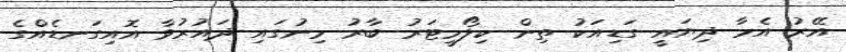
އޭރު އެމާ ދިޔައީ ގަޑިއަކު ތިން ކިލޯމީޓަރު ބާރު މިނުގައި ދައުރުވާ އޮއިގަނޑެއްގެ